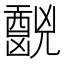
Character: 𫤧